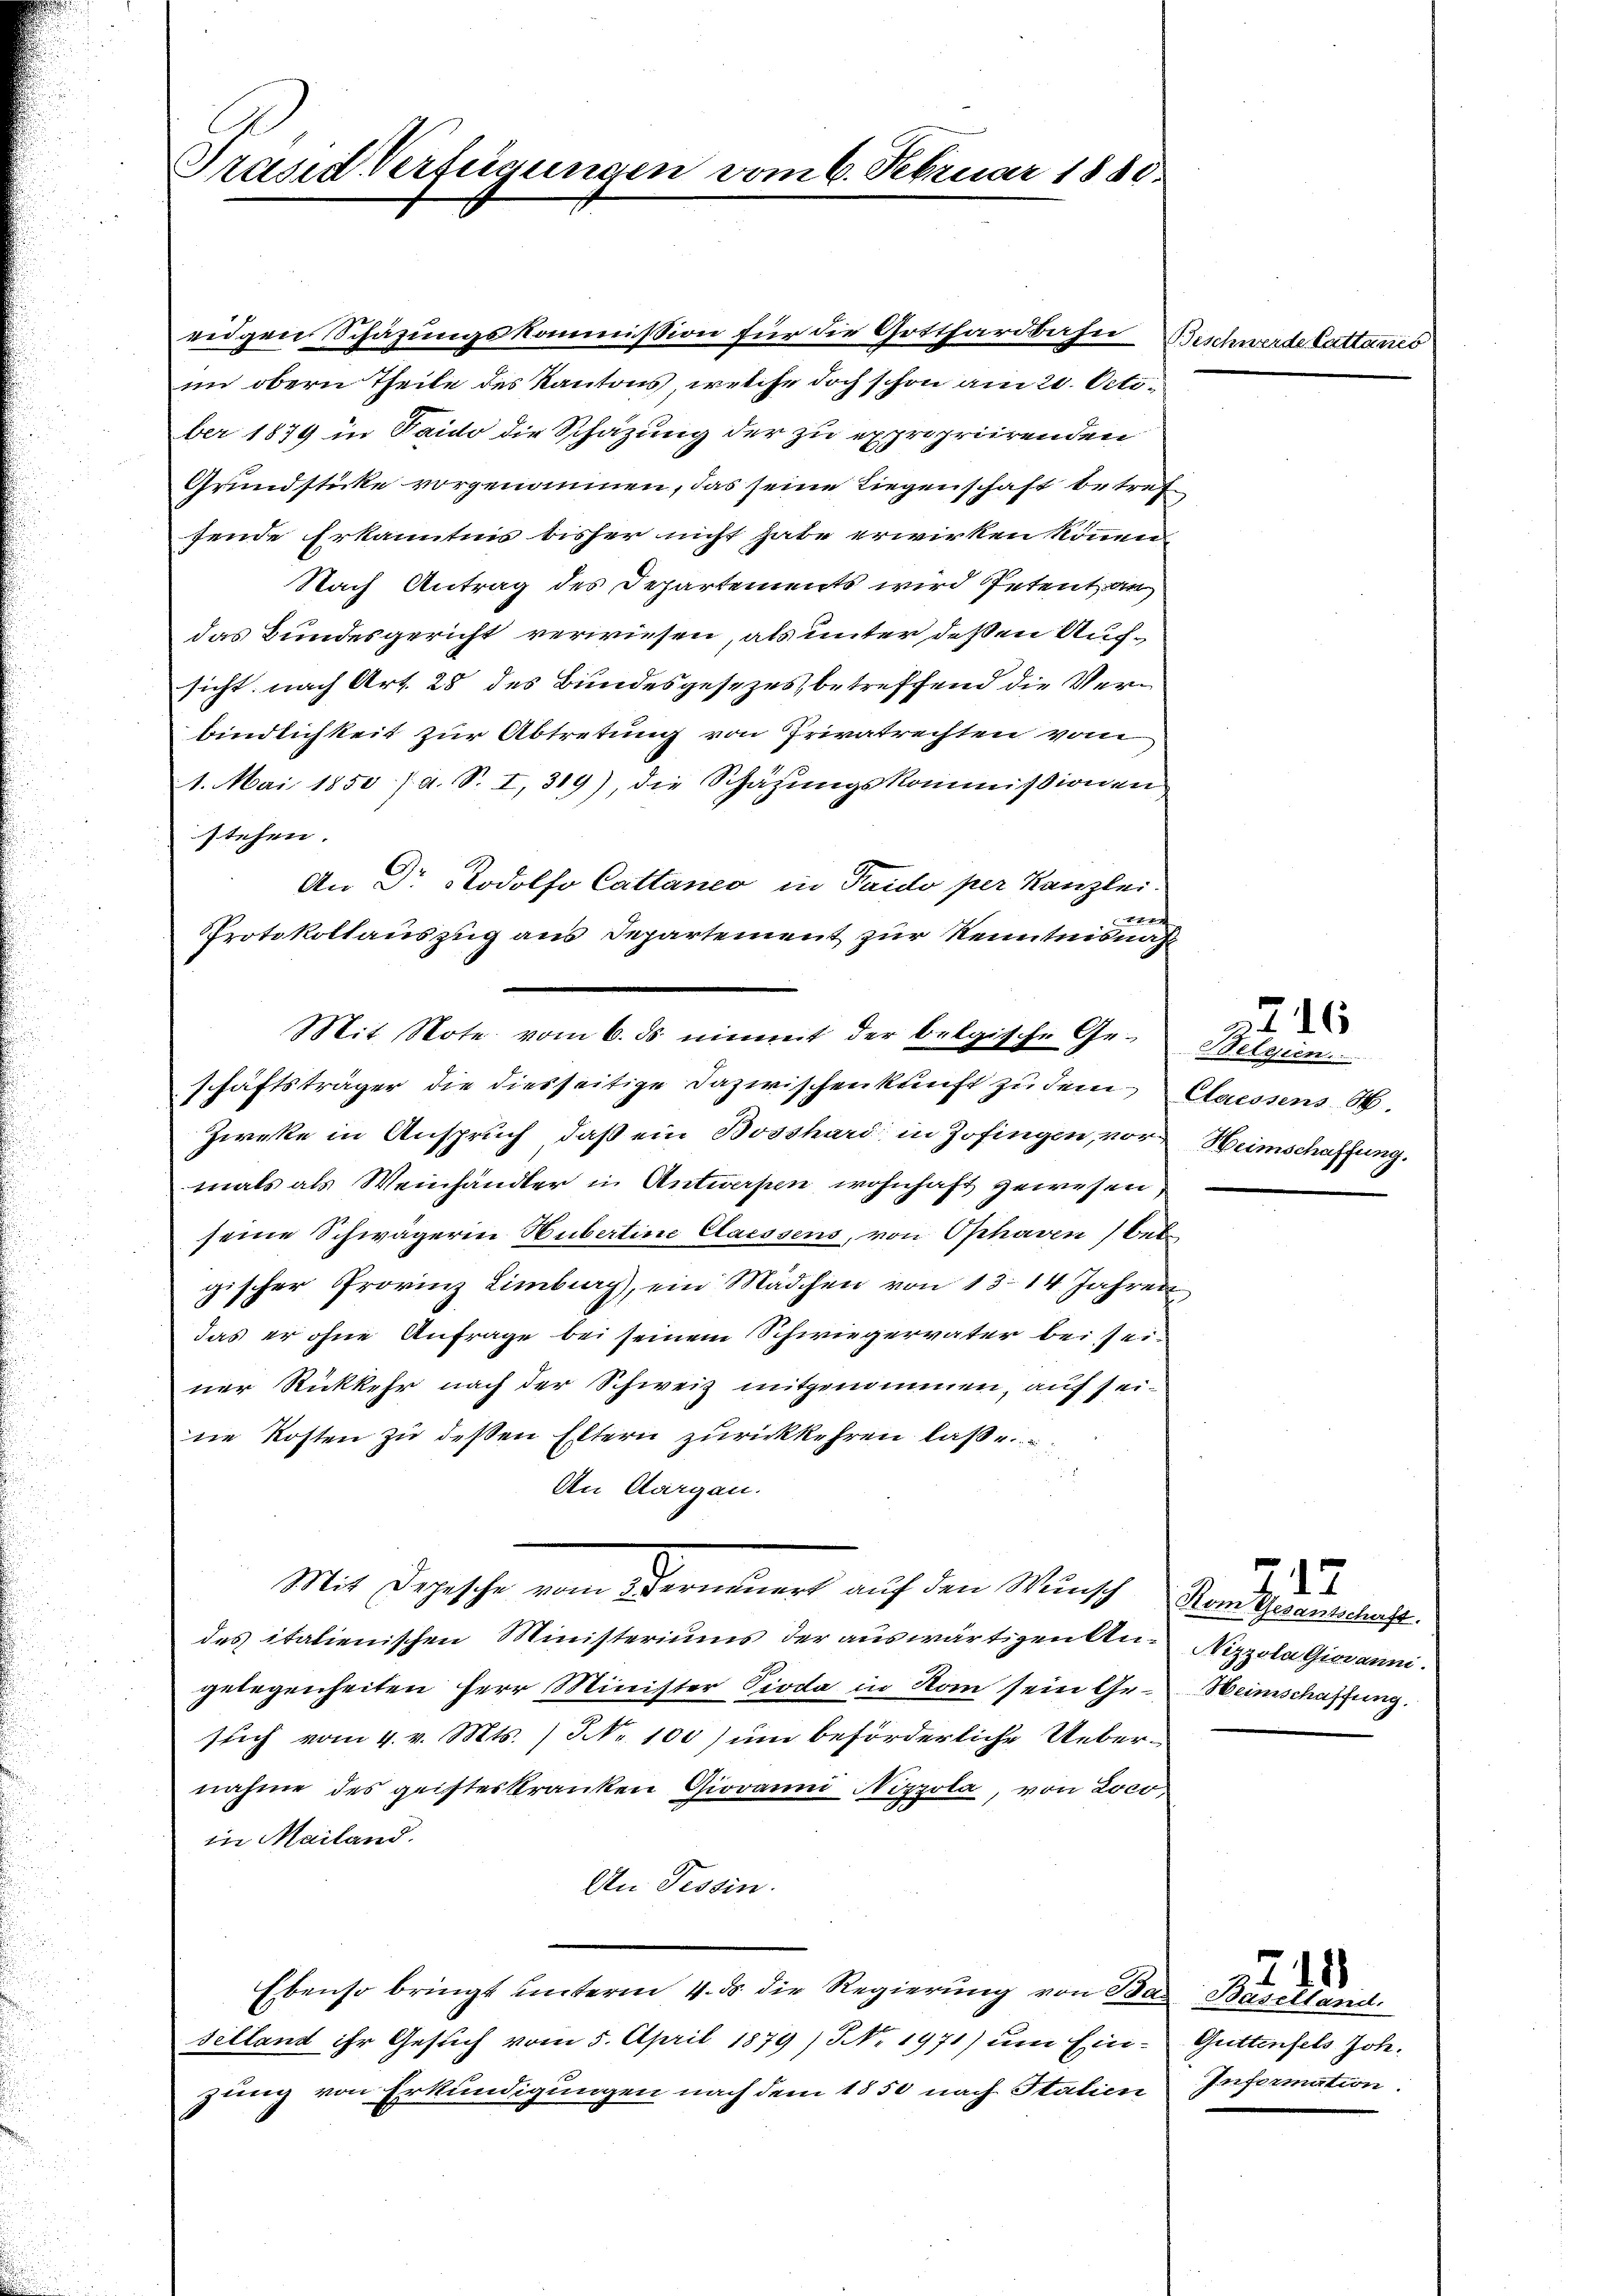
Präsid Verfügungen er

ber 1879 in Taido die Schazung der zu expropriirenden
Grundsticke vorgenommen, das seine Liegenschaft betref
fende Erkanntnis bisher nicht habe erwirken können
Nach Antrag des Departements wird Petent an
das Bundesgericht verwiesen, als unter deßen Aufsicht nach Art. 28 des Bundesgesezes, betreffend die Verbindlichkeit zur Abtretung von Privatrechten vom
1. Mai 1850 /d. S. I, 319), die Schätzungskommißionen
stehen.
An Dr Rodolfo Cattaneo in Taido per Kanzlei.

Protokollauszug aus Departement zur Kenntnisna
Zieke in Anspruch, daß ein Bosshard in Zofingen, vormals als Weinhändler in Antwaren wohnhaft gewesen.
seine Schwägerin Hubertine Claessens, von Ophaven bei
gischer Provinz Limburg, ein Mädchen von 13. 14. Jahren
das er ohne Anfrage bei seinem Schwiegervater bei sei-
ner Rückkehr nach der Schweiz mitgenommen, auf seine Kosten zu deßen Eltern zurückkehren laße
An Aargau.
Mit derathe vom Gemeines auf dem Wunsch
des italienischen Ministeriums der auswärtigen an: Nizzola Giovanni.
gelegenheiten Herr Minister Pioda in Rom sein Ge- Heimschaffung.
such vom 4. v. Mts.) No 100) um beförderliche Uebernahme des grifteskranken Giovanni Nizzola, von Loco,
in Mailand.
An Tessin.
Ebenso bringt unterm 4. ds. die Regierung von Paar Basel eine
selland ihr Gesuch vom 5. April 1879 / NNo. 1971) um Ein- Guttenfels Hohe
jung von Erkundigungen nach dem 1850 nach Italien Infermation

Mit Note vom 6. ds nimmt der belgische Ge-
schäftsträger die diesseitige Dazwischenkunft zu dem

m 6. Februar 1889.

eidgen Schazungskommission für die Gotthardbahn Beschwerdekattaner
im obern Theile des Kantons welche doch schon am 20. Octi¬

.

Belgien.
Claessens H
Heimschaffung.

a 16

7
Kom Gesantschaft.